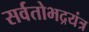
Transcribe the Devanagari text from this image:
सर्वतोभद्रयंत्र